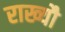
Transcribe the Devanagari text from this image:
राख्यौ